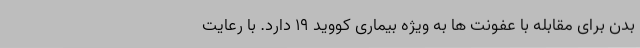
بدن برای مقابله با عفونت ها به ویژه بیماری کووید ۱۹ دارد. با رعایت